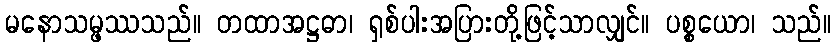
မနောသမ္ဖဿသည်။ တထာအဋ္ဌဓာ၊ ရှစ်ပါးအပြားတို့ဖြင့်သာလျှင်။ ပစ္စယော၊ သည်။